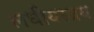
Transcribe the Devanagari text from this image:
लधीयस्त्रय